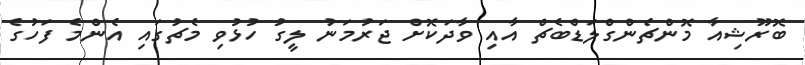
ބޮރޫޝިއާ މޮންޗެންގްލަޑްބެޗް އާއި ވާދަކޮށް ޖަރުމަނު ލީގު ހުޅުވި މެޗުގައި އެންމެ ފަހުގެ